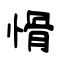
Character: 愲